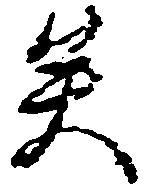
矣